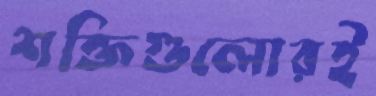
শক্তিগুলোরই